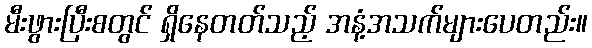
မီးဖွားပြီးစတွင် ရှိနေတတ်သည့် အနံ့အသက်များပေတည်း။